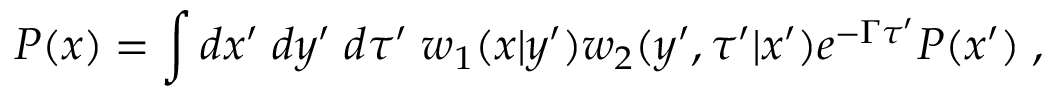
P ( x ) = \int d x ^ { \prime } \; d y ^ { \prime } \; d \tau ^ { \prime } \; w _ { 1 } ( x | y ^ { \prime } ) w _ { 2 } ( y ^ { \prime } , \tau ^ { \prime } | x ^ { \prime } ) e ^ { - \Gamma \tau ^ { \prime } } P ( x ^ { \prime } ) \; ,